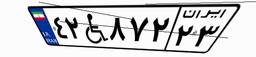
۴۲W۸۷۲۲۳